Leaving Certificate Examination (including Day School Certificate (Higher) General paper), 1928
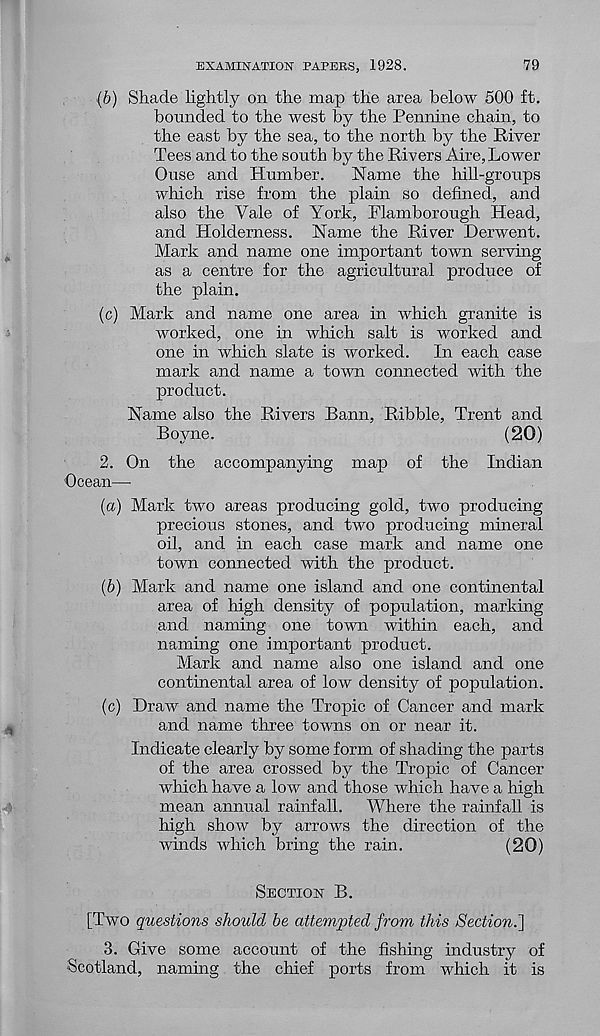
EXAMINATION PAPERS, 1928.
79
(b) Shade lightly on the map the area below 500 ft.
bounded to the west by the Pennine chain, to
the east by the sea, to the north by the River
Tees and to the south by the Rivers Aire, Lower
Ouse and Humber.
Name the hill-groups
which rise from the plain so defined, and
also the Yale of York, Flamborough Head,
and Holderness. Name the River Derwent.
Mark and name one important town serving
as a centre for the agricultural produce of
the plain.
(c) Mark and name one area in which granite is
worked, one in which salt is worked and
one in which slate is worked.
In each case
mark and name a town connected with the
product.
Name also the Rivers Bann, Ribble, Trent and
Boyne.
(20)
2. On the accompanying map of the Indian
Ocean—
(а) Mark two areas producing gold, two producing
precious stones, and two producing mineral
oil, and in each case mark and name one
town connected with the product.
(б) Mark and name one island and one continental
area of high density of population, marking
and naming one town within each, and
naming one important product.
Mark and name also one island and one
continental area of low density of population.
(c) Draw and name the Tropic of Cancer and mark
and name three towns on or near it.
Indicate clearly by some form of shading the parts
of the area crossed by the Tropic of Cancer
which have a low and those which have a high
mean annual rainfall.
Where the rainfall is
high show by arrows the direction of the
winds which bring the rain.
(20)
Section B.
[Two questions should be attempted from this Section.']
3. Give some account of the fishing industry of
Scotland, naming the chief ports from which it is